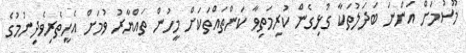
މޫސުމަށް އަންނަ ބަދަލުތަކާ ގުޅިގެން ކުރިމަތިވާ ކަންތައްތަކަށް މީހުން ތައްޔާރު ވުމަށް އެހީތެރިވެދިނުމުގެ